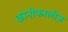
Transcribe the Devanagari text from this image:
कोनीफरलीज़